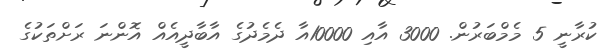
ކުރާނީ 5 މެމްބަރުން. 3000 އާއި 10000އާ ދެމެދުުގެ އާބާދީއެއް އޮންނަ ރަށްތަކުގެ